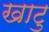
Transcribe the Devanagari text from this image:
खाटु